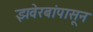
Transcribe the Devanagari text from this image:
झवेरबांपासून